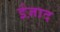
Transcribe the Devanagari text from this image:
ईज़ाद